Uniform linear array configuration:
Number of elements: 64
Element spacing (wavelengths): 0.75
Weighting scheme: exponential
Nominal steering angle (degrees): -15
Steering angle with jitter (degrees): -13.053
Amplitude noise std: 0.05
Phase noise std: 0.05

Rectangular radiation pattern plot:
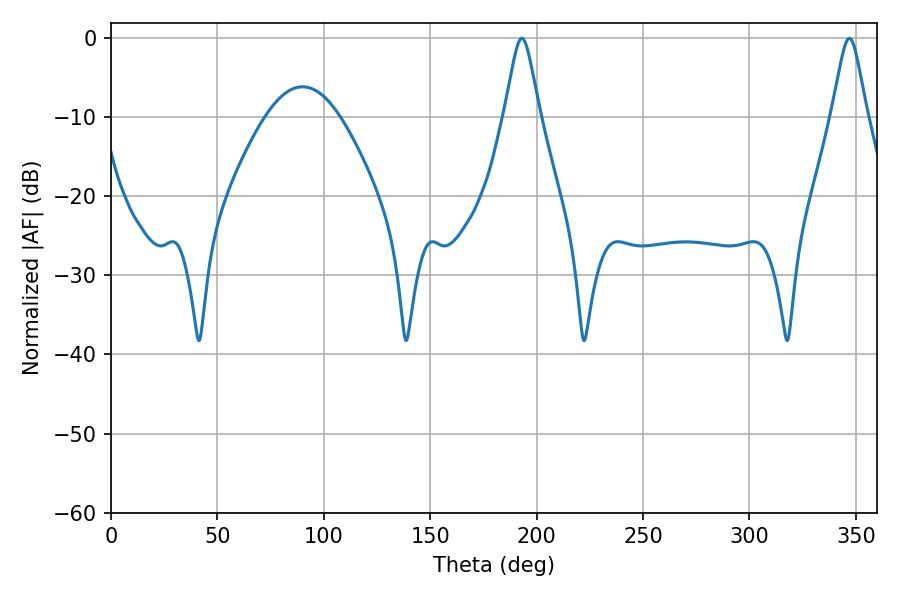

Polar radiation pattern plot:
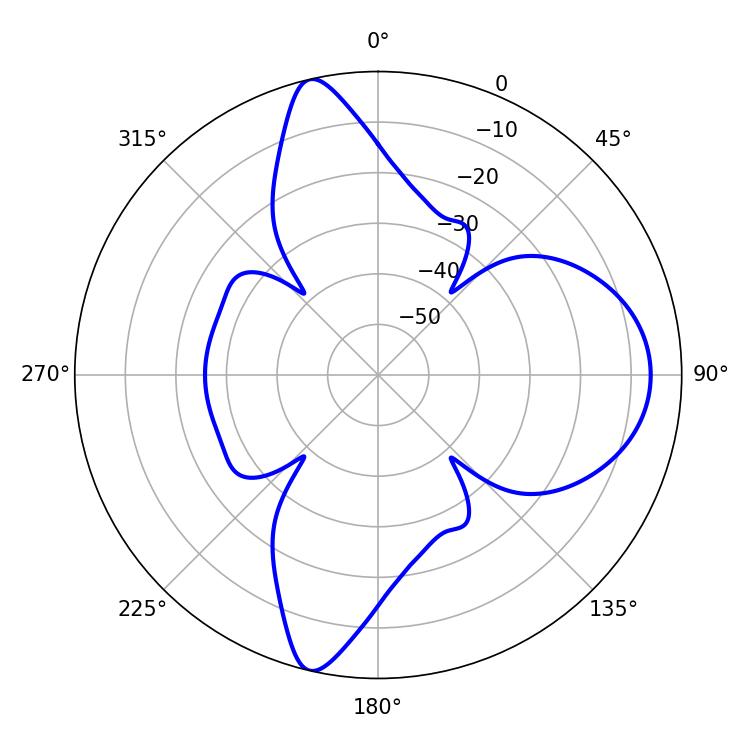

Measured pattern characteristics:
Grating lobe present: TRUE
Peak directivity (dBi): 15.134
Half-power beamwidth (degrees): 7.74
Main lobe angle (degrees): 192.96